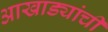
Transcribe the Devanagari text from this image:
आखाड्यांची